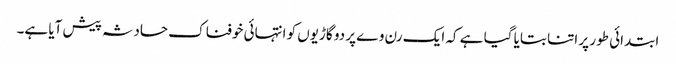
ابتدائی طور پر اتنا بتایا گیا ہے کہ ایک رن وے پر دو گاڑیوں کو انتہائی خوفناک حادثہ پیش آیا ہے۔